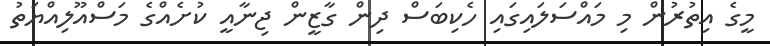
މީގެ އިތުރުން މި މައްސަލައިގައި ހެކިބަސް ދިން ގާޒީން ޖިނާއީ ކުށެއްގެ މަސްއޫލިއްޔަތު